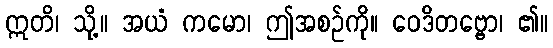
ဣတိ၊ သို့။ အယံ ကမော၊ ဤအစဉ်ကို။ ဝေဒိတဗ္ဗော၊ ၏။